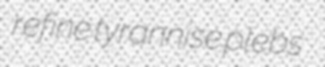
refine tyrannise plebs